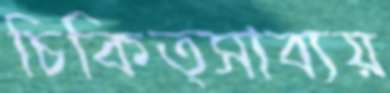
চিকিত্সাব্যয়